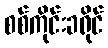
စစ်ကိုင်းခရိုင်